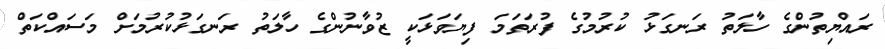
ރައްޔިތުންގެ ހާލަތު ރަނގަޅު ކުރުމުގެ ފުރަތަމަ ފިޔަވަޅަކީ ޒުވާނުންގެ ހާލަތު ރަނގަޅުކުރުމަށް މަސައްކަތް